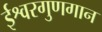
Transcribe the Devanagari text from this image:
ईश्वरगुणगान